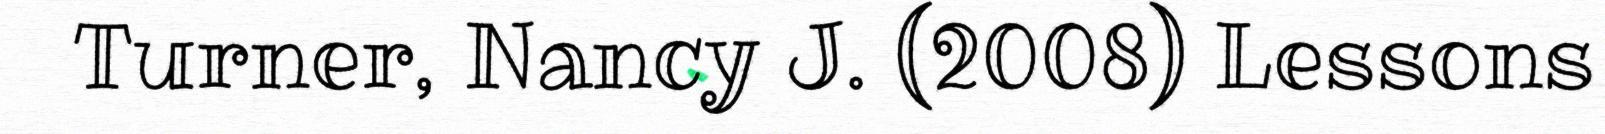
Turner, Nancy J. (2008) Lessons